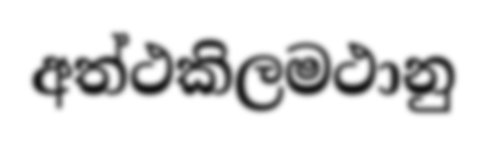
අත්ථකිලමථානු